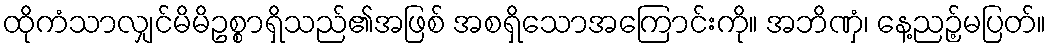
ထိုကံသာလျှင်မိမိဥစ္စာရှိသည်၏အဖြစ် အစရှိသောအကြောင်းကို။ အဘိဏှံ၊ နေ့ညဉ့်မပြတ်။